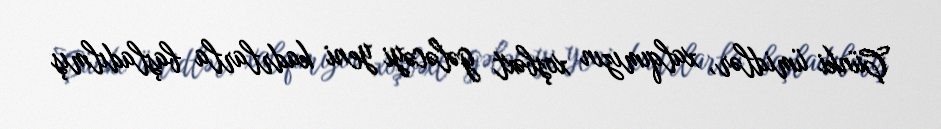
Çünki ümidlər, xalqımızın xoşbəxt gələcəyi yeni kadrlarla başladılmış